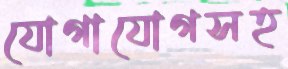
যোগাযোগসহ